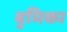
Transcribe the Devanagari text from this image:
बुमिका